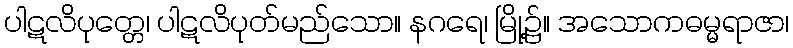
ပါဋလိပုတ္တေ၊ ပါဋလိပုတ်မည်သော။ နဂရေ၊ မြို့၌။ အသောကဓမ္မရာဇာ၊